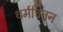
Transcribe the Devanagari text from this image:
धर्मचिंतन